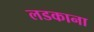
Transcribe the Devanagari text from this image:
लडकाना